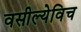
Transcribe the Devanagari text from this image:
वसील्येविच